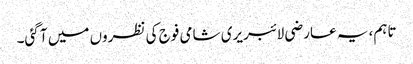
تاہم، یہ عارضی لائبریری شامی فوج کی نظروں میں آ گئی۔